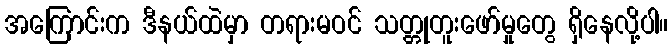
အကြောင်းက ဒီနယ်ထဲမှာ တရားမဝင် သတ္တုတူးဖော်မှုတွေ ရှိနေလို့ပါ။